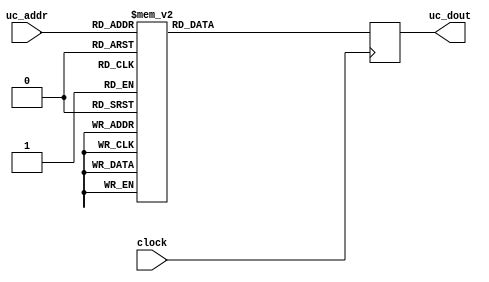
//---------------------------------------------------------------------------------------
// 
// Project:			light8080 
//
// 
//---------------------------------------------------------------------------------------
module micro_rom (
input	        clock, 		// global clock 
input   [8:0]	uc_addr, 	// micro code ROM address
output  reg [31:0]	uc_dout 	// micro code ROM data 
); 
//---------------------------------------------------------------------------------------
// module implementation 
// microcode ROM : see design notes and microcode source file 
reg [31:0] uc_dat; 
always @ (posedge clock) 
begin 
	uc_dout <= uc_dat;
end 
//---------------------------------------------------------------------------------------
always @ (uc_addr) 
begin 
	case (uc_addr) 
		9'h000:	uc_dat <= 32'b00000000000000000000000000000000;
		9'h001:	uc_dat <= 32'b00000000000001001000000001000100;
		9'h002:	uc_dat <= 32'b00000000000001000000000001000100;
		9'h003:	uc_dat <= 32'b10111101101001001000000001001101;
		9'h004:	uc_dat <= 32'b10110110101001000000000001001101;
		9'h005:	uc_dat <= 32'b00100000000000000000000000000000;
		9'h006:	uc_dat <= 32'b00000000000000000000000000000000;
		9'h007:	uc_dat <= 32'b11100100000000000000000000000000;
		9'h008:	uc_dat <= 32'b00000000101010000000000000000000;
		9'h009:	uc_dat <= 32'b00000100000100000000000001010111;
		9'h00a:	uc_dat <= 32'b00001000000000000000110000011001;
		9'h00b:	uc_dat <= 32'b00000100000100000000000001010111;
		9'h00c:	uc_dat <= 32'b00000000101010000000000010010111;
		9'h00d:	uc_dat <= 32'b00001000000000000000110000011100;
		9'h00e:	uc_dat <= 32'b00001000000000000000110000011111;
		9'h00f:	uc_dat <= 32'b00000100000100000000000001010111;
		9'h010:	uc_dat <= 32'b00001000000000000000110000011111;
		9'h011:	uc_dat <= 32'b00001000000000000000110000011100;
		9'h012:	uc_dat <= 32'b00001000000000000000110000011111;
		9'h013:	uc_dat <= 32'b00000000000110001000000001010111;
		9'h014:	uc_dat <= 32'b00001000000000000000110000011111;
		9'h015:	uc_dat <= 32'b00000100000110000000000001010111;
		9'h016:	uc_dat <= 32'b00001000000000000000110000101110;
		9'h017:	uc_dat <= 32'b00001000000000000000110000100010;
		9'h018:	uc_dat <= 32'b00000100000000111000000001010111;
		9'h019:	uc_dat <= 32'b00001000000000000000110000101110;
		9'h01a:	uc_dat <= 32'b00000000101000111000000010010111;
		9'h01b:	uc_dat <= 32'b00001000000000000000110000100101;
		9'h01c:	uc_dat <= 32'b00001000000000000000110000101110;
		9'h01d:	uc_dat <= 32'b10111101101001100000000001001101;
		9'h01e:	uc_dat <= 32'b10110110101001101000000001001101;
		9'h01f:	uc_dat <= 32'b00000000100000101000000001010111;
		9'h020:	uc_dat <= 32'b00001000000000000000110000100010;
		9'h021:	uc_dat <= 32'b00000100000000100000000001010111;
		9'h022:	uc_dat <= 32'b00001000000000000000110000101110;
		9'h023:	uc_dat <= 32'b00000000101000101000000010010111;
		9'h024:	uc_dat <= 32'b10111101101001100000000001001101;
		9'h025:	uc_dat <= 32'b10111010101001101000000001001101;
		9'h026:	uc_dat <= 32'b00000000101000100000000010010111;
		9'h027:	uc_dat <= 32'b00001000000000000000110000100101;
		9'h028:	uc_dat <= 32'b00001000000000000000110000101000;
		9'h029:	uc_dat <= 32'b00000100000000111000000001010111;
		9'h02a:	uc_dat <= 32'b00000000101000111000000010010111;
		9'h02b:	uc_dat <= 32'b00001000000000000000110000101011;
		9'h02c:	uc_dat <= 32'b00000000101000010000000000000000;
		9'h02d:	uc_dat <= 32'b00000000000001010000000001010111;
		9'h02e:	uc_dat <= 32'b00000000101000011000000000000000;
		9'h02f:	uc_dat <= 32'b00000000000001011000000001010111;
		9'h030:	uc_dat <= 32'b00000000101000100000000000000000;
		9'h031:	uc_dat <= 32'b00000000000000010000000001010111;
		9'h032:	uc_dat <= 32'b00000000101000101000000000000000;
		9'h033:	uc_dat <= 32'b00000000000000011000000001010111;
		9'h034:	uc_dat <= 32'b00000000101001010000000000000000;
		9'h035:	uc_dat <= 32'b00000000000000100000000001010111;
		9'h036:	uc_dat <= 32'b00000000101001011000000000000000;
		9'h037:	uc_dat <= 32'b00000100000000101000000001010111;
		9'h038:	uc_dat <= 32'b00001000000000000000110000011111;
		9'h039:	uc_dat <= 32'b00000100011000111000001101001100;
		9'h03a:	uc_dat <= 32'b00001000000000000000110000011111;
		9'h03b:	uc_dat <= 32'b00000100011000111000001101001101;
		9'h03c:	uc_dat <= 32'b00001000000000000000110000011111;
		9'h03d:	uc_dat <= 32'b00000100011000111000001101001110;
		9'h03e:	uc_dat <= 32'b00001000000000000000110000011111;
		9'h03f:	uc_dat <= 32'b00000100011000111000001101001111;
		9'h040:	uc_dat <= 32'b00001000000000000000110000011111;
		9'h041:	uc_dat <= 32'b00000100011000111100001101000100;
		9'h042:	uc_dat <= 32'b00001000000000000000110000011111;
		9'h043:	uc_dat <= 32'b00000100011000111100001101000101;
		9'h044:	uc_dat <= 32'b00001000000000000000110000011111;
		9'h045:	uc_dat <= 32'b00000100011000111100001101000110;
		9'h046:	uc_dat <= 32'b00001000000000000000110000011111;
		9'h047:	uc_dat <= 32'b00000100011000111000001110001110;
		9'h048:	uc_dat <= 32'b00000000101010000000000000000000;
		9'h049:	uc_dat <= 32'b00000100011000111000001101001100;
		9'h04a:	uc_dat <= 32'b00000000101010000000000000000000;
		9'h04b:	uc_dat <= 32'b00000100011000111000001101001101;
		9'h04c:	uc_dat <= 32'b00000000101010000000000000000000;
		9'h04d:	uc_dat <= 32'b00000100011000111000001101001110;
		9'h04e:	uc_dat <= 32'b00000000101010000000000000000000;
		9'h04f:	uc_dat <= 32'b00000100011000111000001101001111;
		9'h050:	uc_dat <= 32'b00000000101010000000000000000000;
		9'h051:	uc_dat <= 32'b00000100011000111100001101000100;
		9'h052:	uc_dat <= 32'b00000000101010000000000000000000;
		9'h053:	uc_dat <= 32'b00000100011000111100001101000101;
		9'h054:	uc_dat <= 32'b00000000101010000000000000000000;
		9'h055:	uc_dat <= 32'b00000100011000111100001101000110;
		9'h056:	uc_dat <= 32'b00000000101010000000000000000000;
		9'h057:	uc_dat <= 32'b00000100011000111000001110001110;
		9'h058:	uc_dat <= 32'b00001000000000000000110000011001;
		9'h059:	uc_dat <= 32'b00000100011000111000001101001100;
		9'h05a:	uc_dat <= 32'b00001000000000000000110000011001;
		9'h05b:	uc_dat <= 32'b00000100011000111000001101001101;
		9'h05c:	uc_dat <= 32'b00001000000000000000110000011001;
		9'h05d:	uc_dat <= 32'b00000100011000111000001101001110;
		9'h05e:	uc_dat <= 32'b00001000000000000000110000011001;
		9'h05f:	uc_dat <= 32'b00000100011000111000001101001111;
		9'h060:	uc_dat <= 32'b00001000000000000000110000011001;
		9'h061:	uc_dat <= 32'b00000100011000111100001101000100;
		9'h062:	uc_dat <= 32'b00001000000000000000110000011001;
		9'h063:	uc_dat <= 32'b00000100011000111100001101000101;
		9'h064:	uc_dat <= 32'b00001000000000000000110000011001;
		9'h065:	uc_dat <= 32'b00000100011000111100001101000110;
		9'h066:	uc_dat <= 32'b00001000000000000000110000011001;
		9'h067:	uc_dat <= 32'b00000100011000111000001110001110;
		9'h068:	uc_dat <= 32'b10111100101100000000001001001101;
		9'h069:	uc_dat <= 32'b00000100000000000000000000000000;
		9'h06a:	uc_dat <= 32'b00001000000000000000110000011001;
		9'h06b:	uc_dat <= 32'b10111100000000000000001010001101;
		9'h06c:	uc_dat <= 32'b00001000000000000000110000011100;
		9'h06d:	uc_dat <= 32'b10111100011100000000001001001111;
		9'h06e:	uc_dat <= 32'b00000100000000000000000000000000;
		9'h06f:	uc_dat <= 32'b00001000000000000000110000011001;
		9'h070:	uc_dat <= 32'b11000000000000000000000000000000;
		9'h071:	uc_dat <= 32'b10111100011001010000001010001111;
		9'h072:	uc_dat <= 32'b00001000000000000000110000011100;
		9'h073:	uc_dat <= 32'b10111100101110001000000001001101;
		9'h074:	uc_dat <= 32'b10100100101110000000000001001101;
		9'h075:	uc_dat <= 32'b10111100011110001000000001001111;
		9'h076:	uc_dat <= 32'b10100100011110000000000001001111;
		9'h077:	uc_dat <= 32'b00000000011110001000000000000000;
		9'h078:	uc_dat <= 32'b00000000101000101000000101001100;
		9'h079:	uc_dat <= 32'b00000000011110000000000000000000;
		9'h07a:	uc_dat <= 32'b00000100101000100000000101001101;
		9'h07b:	uc_dat <= 32'b00000000101000111000000010101000;
		9'h07c:	uc_dat <= 32'b00000100101000111000001101101000;
		9'h07d:	uc_dat <= 32'b00000100101000111000000101000000;
		9'h07e:	uc_dat <= 32'b00000100101000111000000101000001;
		9'h07f:	uc_dat <= 32'b00000100101000111000000101000010;
		9'h080:	uc_dat <= 32'b00000100101000111000000101000011;
		9'h081:	uc_dat <= 32'b00000100101000111000000001000111;
		9'h082:	uc_dat <= 32'b00000100000000000000000100101100;
		9'h083:	uc_dat <= 32'b00000100000000000000000100101101;
		9'h084:	uc_dat <= 32'b00001000000000000000110000101110;
		9'h085:	uc_dat <= 32'b00000000101001100000000000000000;
		9'h086:	uc_dat <= 32'b00000000000001001000000001010111;
		9'h087:	uc_dat <= 32'b00000000101001101000000000000000;
		9'h088:	uc_dat <= 32'b00000100000001000000000001010111;
		9'h089:	uc_dat <= 32'b00000100000000000000000000000000;
		9'h08a:	uc_dat <= 32'b00001000000000000000110000101110;
		9'h08b:	uc_dat <= 32'b00010000000000000000100000000101;
		9'h08c:	uc_dat <= 32'b00001000000000000000110000101110;
		9'h08d:	uc_dat <= 32'b11000000101001000000000010010111;
		9'h08e:	uc_dat <= 32'b00001000000000000000110000110100;
		9'h08f:	uc_dat <= 32'b11000000101001001000000010010111;
		9'h090:	uc_dat <= 32'b00001000000000000000110000110100;
		9'h091:	uc_dat <= 32'b00000000101001100000000000000000;
		9'h092:	uc_dat <= 32'b00000000000001001000000001010111;
		9'h093:	uc_dat <= 32'b00000000101001101000000000000000;
		9'h094:	uc_dat <= 32'b00000100000001000000000001010111;
		9'h095:	uc_dat <= 32'b00001000000000000000110000101110;
		9'h096:	uc_dat <= 32'b00010000000000000000100000001101;
		9'h097:	uc_dat <= 32'b00001000000000000000110000111001;
		9'h098:	uc_dat <= 32'b00000000000001001000000001010111;
		9'h099:	uc_dat <= 32'b00001000000000000000110000111001;
		9'h09a:	uc_dat <= 32'b00000100000001000000000001010111;
		9'h09b:	uc_dat <= 32'b00010000000000000000100000010111;
		9'h09c:	uc_dat <= 32'b11000000101001000000000010010111;
		9'h09d:	uc_dat <= 32'b00001000000000000000110000110100;
		9'h09e:	uc_dat <= 32'b11000000101001001000000010010111;
		9'h09f:	uc_dat <= 32'b00001000000000000000110000110100;
		9'h0a0:	uc_dat <= 32'b11000000000001001000000001011111;
		9'h0a1:	uc_dat <= 32'b00000100000001000000000001000100;
		9'h0a2:	uc_dat <= 32'b00000000101000101000000000000000;
		9'h0a3:	uc_dat <= 32'b00000000000001001000000001010111;
		9'h0a4:	uc_dat <= 32'b00000000101000100000000000000000;
		9'h0a5:	uc_dat <= 32'b00000100000001000000000001010111;
		9'h0a6:	uc_dat <= 32'b11000000101110000000000010010111;
		9'h0a7:	uc_dat <= 32'b00001000000000000000110000110100;
		9'h0a8:	uc_dat <= 32'b11000000101110001000000010010111;
		9'h0a9:	uc_dat <= 32'b00001000000000000000110000110100;
		9'h0aa:	uc_dat <= 32'b00000100000000000000000000000000;
		9'h0ab:	uc_dat <= 32'b11000000101000111000000010010111;
		9'h0ac:	uc_dat <= 32'b00001000000000000000110000110100;
		9'h0ad:	uc_dat <= 32'b11000000000000000000000010110000;
		9'h0ae:	uc_dat <= 32'b00001000000000000000110000110100;
		9'h0af:	uc_dat <= 32'b00000100000000000000000000000000;
		9'h0b0:	uc_dat <= 32'b00001000000000000000110000111001;
		9'h0b1:	uc_dat <= 32'b00000000000110001000000001010111;
		9'h0b2:	uc_dat <= 32'b00001000000000000000110000111001;
		9'h0b3:	uc_dat <= 32'b00000100000110000000000001010111;
		9'h0b4:	uc_dat <= 32'b00001000000000000000110000111001;
		9'h0b5:	uc_dat <= 32'b00000000000000110000001101010111;
		9'h0b6:	uc_dat <= 32'b00001000000000000000110000111001;
		9'h0b7:	uc_dat <= 32'b00000100000000111000000001010111;
		9'h0b8:	uc_dat <= 32'b00001000000000000000110000111001;
		9'h0b9:	uc_dat <= 32'b00000000000001100000000001010111;
		9'h0ba:	uc_dat <= 32'b00001000000000000000110000111001;
		9'h0bb:	uc_dat <= 32'b00000000000001101000000001010111;
		9'h0bc:	uc_dat <= 32'b11000000101000100000000010010111;
		9'h0bd:	uc_dat <= 32'b00001000000000000000110000110100;
		9'h0be:	uc_dat <= 32'b11000000101000101000000010010111;
		9'h0bf:	uc_dat <= 32'b00001000000000000000110000110100;
		9'h0c0:	uc_dat <= 32'b00000000101001100000000000000000;
		9'h0c1:	uc_dat <= 32'b00000000000000101000000001010111;
		9'h0c2:	uc_dat <= 32'b00000000101001101000000000000000;
		9'h0c3:	uc_dat <= 32'b00000100000000100000000001010111;
		9'h0c4:	uc_dat <= 32'b00000000101000101000000000000000;
		9'h0c5:	uc_dat <= 32'b00000000000001111000000001010111;
		9'h0c6:	uc_dat <= 32'b00000000101000100000000000000000;
		9'h0c7:	uc_dat <= 32'b00000100000001110000000001010111;
		9'h0c8:	uc_dat <= 32'b01100100000000000000000000000000;
		9'h0c9:	uc_dat <= 32'b01000100000000000000000000000000;
		9'h0ca:	uc_dat <= 32'b00000000000001101000000001010111;
		9'h0cb:	uc_dat <= 32'b00001000000000000000110000011111;
		9'h0cc:	uc_dat <= 32'b00000000000001100000000001010111;
		9'h0cd:	uc_dat <= 32'b00000000000000000000000000000000;
		9'h0ce:	uc_dat <= 32'b00000001101001100000000000000000;
		9'h0cf:	uc_dat <= 32'b10010110101001101000000000000000;
		9'h0d0:	uc_dat <= 32'b00000100100000111000000001010111;
		9'h0d1:	uc_dat <= 32'b00000000000001101000000001010111;
		9'h0d2:	uc_dat <= 32'b00001000000000000000110000011111;
		9'h0d3:	uc_dat <= 32'b00000000000001100000000001010111;
		9'h0d4:	uc_dat <= 32'b00000000101000111000000010010111;
		9'h0d5:	uc_dat <= 32'b00000001101001100000000000000000;
		9'h0d6:	uc_dat <= 32'b10011010101001101000000000000000;
		9'h0d7:	uc_dat <= 32'b00000100000000000000000000000000;
		9'h0d8:	uc_dat <= 32'b11100100000000000000000000000000;
		9'h0d9:	uc_dat <= 32'b00000001101000101000000000000000;
		9'h0da:	uc_dat <= 32'b00010110101000100000000000000000;
		9'h0db:	uc_dat <= 32'b00001100100001010000000001010111;
		9'h0dc:	uc_dat <= 32'b00000001101000101000000000000000;
		9'h0dd:	uc_dat <= 32'b00011010101000100000000000000000;
		9'h0de:	uc_dat <= 32'b00000100000000000000000000000000;
		9'h0df:	uc_dat <= 32'b10111101101001001000000001001101;
		9'h0e0:	uc_dat <= 32'b10110110101001000000000001001101;
		9'h0e1:	uc_dat <= 32'b00001100100000000000000010010111;
		9'h0e2:	uc_dat <= 32'b00000001101001100000000000000000;
		9'h0e3:	uc_dat <= 32'b00010110101001101000000000000000;
		9'h0e4:	uc_dat <= 32'b00001100100000000000000000000000;
		9'h0e5:	uc_dat <= 32'b00000001101001100000000000000000;
		9'h0e6:	uc_dat <= 32'b00011010101001101000000000000000;
		9'h0e7:	uc_dat <= 32'b00000100000000000000000000000000;
		9'h0e8:	uc_dat <= 32'b00000001101110001000000000000000;
		9'h0e9:	uc_dat <= 32'b00010110101110000000000000000000;
		9'h0ea:	uc_dat <= 32'b00001100100000000000000000000000;
		9'h0eb:	uc_dat <= 32'b00000001101110001000000000000000;
		9'h0ec:	uc_dat <= 32'b00011010101110000000000000000000;
		9'h0ed:	uc_dat <= 32'b00000100000000000000000000000000;
		9'h0ee:	uc_dat <= 32'b10111101101001001000000001001101;
		9'h0ef:	uc_dat <= 32'b10110110101001000000000001001101;
		9'h0f0:	uc_dat <= 32'b00000000100001100000000001010111;
		9'h0f1:	uc_dat <= 32'b10111101101001001000000001001101;
		9'h0f2:	uc_dat <= 32'b10110110101001000000000001001101;
		9'h0f3:	uc_dat <= 32'b00001100100001101000000001010111;
		9'h0f4:	uc_dat <= 32'b10111100011001111000000001001111;
		9'h0f5:	uc_dat <= 32'b10100000011001110000000001001111;
		9'h0f6:	uc_dat <= 32'b00000001101001111000000000000000;
		9'h0f7:	uc_dat <= 32'b00011010101001110000000000000000;
		9'h0f8:	uc_dat <= 32'b00001100000000000000000000000000;
		9'h0f9:	uc_dat <= 32'b10111101101001111000000001001101;
		9'h0fa:	uc_dat <= 32'b10110110101001110000000001001101;
		9'h0fb:	uc_dat <= 32'b00001100100000000000000000000000;
		9'h0fc:	uc_dat <= 32'b00000100000000000000000000000000;
		9'h0fd:	uc_dat <= 32'b00000100000000000000000000000000;
		9'h0fe:	uc_dat <= 32'b00000100000000000000000000000000;
		9'h0ff:	uc_dat <= 32'b00000100000000000000000000000000;
		9'h100:	uc_dat <= 32'b00001000000000000000100000001001;
		9'h101:	uc_dat <= 32'b00001000000000000000000000010010;
		9'h102:	uc_dat <= 32'b00001000000000000000000000101010;
		9'h103:	uc_dat <= 32'b00001000000000000000010000110011;
		9'h104:	uc_dat <= 32'b00001000000000000000010000101000;
		9'h105:	uc_dat <= 32'b00001000000000000000010000101101;
		9'h106:	uc_dat <= 32'b00001000000000000000000000001110;
		9'h107:	uc_dat <= 32'b00001000000000000000010000111101;
		9'h108:	uc_dat <= 32'b00001000000000000000000000000000;
		9'h109:	uc_dat <= 32'b00001000000000000000010000110111;
		9'h10a:	uc_dat <= 32'b00001000000000000000000000101000;
		9'h10b:	uc_dat <= 32'b00001000000000000000010000110101;
		9'h10c:	uc_dat <= 32'b00001000000000000000010000101000;
		9'h10d:	uc_dat <= 32'b00001000000000000000010000101101;
		9'h10e:	uc_dat <= 32'b00001000000000000000000000001110;
		9'h10f:	uc_dat <= 32'b00001000000000000000010000111110;
		9'h110:	uc_dat <= 32'b00001000000000000000000000000000;
		9'h111:	uc_dat <= 32'b00001000000000000000000000010010;
		9'h112:	uc_dat <= 32'b00001000000000000000000000101010;
		9'h113:	uc_dat <= 32'b00001000000000000000010000110011;
		9'h114:	uc_dat <= 32'b00001000000000000000010000101000;
		9'h115:	uc_dat <= 32'b00001000000000000000010000101101;
		9'h116:	uc_dat <= 32'b00001000000000000000000000001110;
		9'h117:	uc_dat <= 32'b00001000000000000000010000111111;
		9'h118:	uc_dat <= 32'b00001000000000000000000000000000;
		9'h119:	uc_dat <= 32'b00001000000000000000010000110111;
		9'h11a:	uc_dat <= 32'b00001000000000000000000000101000;
		9'h11b:	uc_dat <= 32'b00001000000000000000010000110101;
		9'h11c:	uc_dat <= 32'b00001000000000000000010000101000;
		9'h11d:	uc_dat <= 32'b00001000000000000000010000101101;
		9'h11e:	uc_dat <= 32'b00001000000000000000000000001110;
		9'h11f:	uc_dat <= 32'b00001000000000000000100000000000;
		9'h120:	uc_dat <= 32'b00001000000000000000000000000000;
		9'h121:	uc_dat <= 32'b00001000000000000000000000010010;
		9'h122:	uc_dat <= 32'b00001000000000000000000000100010;
		9'h123:	uc_dat <= 32'b00001000000000000000010000110011;
		9'h124:	uc_dat <= 32'b00001000000000000000010000101000;
		9'h125:	uc_dat <= 32'b00001000000000000000010000101101;
		9'h126:	uc_dat <= 32'b00001000000000000000000000001110;
		9'h127:	uc_dat <= 32'b00001000000000000000010000111011;
		9'h128:	uc_dat <= 32'b00001000000000000000000000000000;
		9'h129:	uc_dat <= 32'b00001000000000000000010000110111;
		9'h12a:	uc_dat <= 32'b00001000000000000000000000011100;
		9'h12b:	uc_dat <= 32'b00001000000000000000010000110101;
		9'h12c:	uc_dat <= 32'b00001000000000000000010000101000;
		9'h12d:	uc_dat <= 32'b00001000000000000000010000101101;
		9'h12e:	uc_dat <= 32'b00001000000000000000000000001110;
		9'h12f:	uc_dat <= 32'b00001000000000000000100000000001;
		9'h130:	uc_dat <= 32'b00001000000000000000000000000000;
		9'h131:	uc_dat <= 32'b00001000000000000000000000010010;
		9'h132:	uc_dat <= 32'b00001000000000000000000000011001;
		9'h133:	uc_dat <= 32'b00001000000000000000010000110011;
		9'h134:	uc_dat <= 32'b00001000000000000000010000101010;
		9'h135:	uc_dat <= 32'b00001000000000000000010000101111;
		9'h136:	uc_dat <= 32'b00001000000000000000000000010000;
		9'h137:	uc_dat <= 32'b00001000000000000000100000000011;
		9'h138:	uc_dat <= 32'b00001000000000000000000000000000;
		9'h139:	uc_dat <= 32'b00001000000000000000010000110111;
		9'h13a:	uc_dat <= 32'b00001000000000000000000000010110;
		9'h13b:	uc_dat <= 32'b00001000000000000000010000110101;
		9'h13c:	uc_dat <= 32'b00001000000000000000010000101000;
		9'h13d:	uc_dat <= 32'b00001000000000000000010000101101;
		9'h13e:	uc_dat <= 32'b00001000000000000000000000001110;
		9'h13f:	uc_dat <= 32'b00001000000000000000100000000010;
		9'h140:	uc_dat <= 32'b00001000000000000000000000001000;
		9'h141:	uc_dat <= 32'b00001000000000000000000000001000;
		9'h142:	uc_dat <= 32'b00001000000000000000000000001000;
		9'h143:	uc_dat <= 32'b00001000000000000000000000001000;
		9'h144:	uc_dat <= 32'b00001000000000000000000000001000;
		9'h145:	uc_dat <= 32'b00001000000000000000000000001000;
		9'h146:	uc_dat <= 32'b00001000000000000000000000001010;
		9'h147:	uc_dat <= 32'b00001000000000000000000000001000;
		9'h148:	uc_dat <= 32'b00001000000000000000000000001000;
		9'h149:	uc_dat <= 32'b00001000000000000000000000001000;
		9'h14a:	uc_dat <= 32'b00001000000000000000000000001000;
		9'h14b:	uc_dat <= 32'b00001000000000000000000000001000;
		9'h14c:	uc_dat <= 32'b00001000000000000000000000001000;
		9'h14d:	uc_dat <= 32'b00001000000000000000000000001000;
		9'h14e:	uc_dat <= 32'b00001000000000000000000000001010;
		9'h14f:	uc_dat <= 32'b00001000000000000000000000001000;
		9'h150:	uc_dat <= 32'b00001000000000000000000000001000;
		9'h151:	uc_dat <= 32'b00001000000000000000000000001000;
		9'h152:	uc_dat <= 32'b00001000000000000000000000001000;
		9'h153:	uc_dat <= 32'b00001000000000000000000000001000;
		9'h154:	uc_dat <= 32'b00001000000000000000000000001000;
		9'h155:	uc_dat <= 32'b00001000000000000000000000001000;
		9'h156:	uc_dat <= 32'b00001000000000000000000000001010;
		9'h157:	uc_dat <= 32'b00001000000000000000000000001000;
		9'h158:	uc_dat <= 32'b00001000000000000000000000001000;
		9'h159:	uc_dat <= 32'b00001000000000000000000000001000;
		9'h15a:	uc_dat <= 32'b00001000000000000000000000001000;
		9'h15b:	uc_dat <= 32'b00001000000000000000000000001000;
		9'h15c:	uc_dat <= 32'b00001000000000000000000000001000;
		9'h15d:	uc_dat <= 32'b00001000000000000000000000001000;
		9'h15e:	uc_dat <= 32'b00001000000000000000000000001010;
		9'h15f:	uc_dat <= 32'b00001000000000000000000000001000;
		9'h160:	uc_dat <= 32'b00001000000000000000000000001000;
		9'h161:	uc_dat <= 32'b00001000000000000000000000001000;
		9'h162:	uc_dat <= 32'b00001000000000000000000000001000;
		9'h163:	uc_dat <= 32'b00001000000000000000000000001000;
		9'h164:	uc_dat <= 32'b00001000000000000000000000001000;
		9'h165:	uc_dat <= 32'b00001000000000000000000000001000;
		9'h166:	uc_dat <= 32'b00001000000000000000000000001010;
		9'h167:	uc_dat <= 32'b00001000000000000000000000001000;
		9'h168:	uc_dat <= 32'b00001000000000000000000000001000;
		9'h169:	uc_dat <= 32'b00001000000000000000000000001000;
		9'h16a:	uc_dat <= 32'b00001000000000000000000000001000;
		9'h16b:	uc_dat <= 32'b00001000000000000000000000001000;
		9'h16c:	uc_dat <= 32'b00001000000000000000000000001000;
		9'h16d:	uc_dat <= 32'b00001000000000000000000000001000;
		9'h16e:	uc_dat <= 32'b00001000000000000000000000001010;
		9'h16f:	uc_dat <= 32'b00001000000000000000000000001000;
		9'h170:	uc_dat <= 32'b00001000000000000000000000001100;
		9'h171:	uc_dat <= 32'b00001000000000000000000000001100;
		9'h172:	uc_dat <= 32'b00001000000000000000000000001100;
		9'h173:	uc_dat <= 32'b00001000000000000000000000001100;
		9'h174:	uc_dat <= 32'b00001000000000000000000000001100;
		9'h175:	uc_dat <= 32'b00001000000000000000000000001100;
		9'h176:	uc_dat <= 32'b00001000000000000000110000011000;
		9'h177:	uc_dat <= 32'b00001000000000000000000000001100;
		9'h178:	uc_dat <= 32'b00001000000000000000000000001000;
		9'h179:	uc_dat <= 32'b00001000000000000000000000001000;
		9'h17a:	uc_dat <= 32'b00001000000000000000000000001000;
		9'h17b:	uc_dat <= 32'b00001000000000000000000000001000;
		9'h17c:	uc_dat <= 32'b00001000000000000000000000001000;
		9'h17d:	uc_dat <= 32'b00001000000000000000000000001000;
		9'h17e:	uc_dat <= 32'b00001000000000000000000000001010;
		9'h17f:	uc_dat <= 32'b00001000000000000000000000001000;
		9'h180:	uc_dat <= 32'b00001000000000000000010000001000;
		9'h181:	uc_dat <= 32'b00001000000000000000010000001000;
		9'h182:	uc_dat <= 32'b00001000000000000000010000001000;
		9'h183:	uc_dat <= 32'b00001000000000000000010000001000;
		9'h184:	uc_dat <= 32'b00001000000000000000010000001000;
		9'h185:	uc_dat <= 32'b00001000000000000000010000001000;
		9'h186:	uc_dat <= 32'b00001000000000000000010000011000;
		9'h187:	uc_dat <= 32'b00001000000000000000010000001000;
		9'h188:	uc_dat <= 32'b00001000000000000000010000001010;
		9'h189:	uc_dat <= 32'b00001000000000000000010000001010;
		9'h18a:	uc_dat <= 32'b00001000000000000000010000001010;
		9'h18b:	uc_dat <= 32'b00001000000000000000010000001010;
		9'h18c:	uc_dat <= 32'b00001000000000000000010000001010;
		9'h18d:	uc_dat <= 32'b00001000000000000000010000001010;
		9'h18e:	uc_dat <= 32'b00001000000000000000010000011010;
		9'h18f:	uc_dat <= 32'b00001000000000000000010000001010;
		9'h190:	uc_dat <= 32'b00001000000000000000010000001100;
		9'h191:	uc_dat <= 32'b00001000000000000000010000001100;
		9'h192:	uc_dat <= 32'b00001000000000000000010000001100;
		9'h193:	uc_dat <= 32'b00001000000000000000010000001100;
		9'h194:	uc_dat <= 32'b00001000000000000000010000001100;
		9'h195:	uc_dat <= 32'b00001000000000000000010000001100;
		9'h196:	uc_dat <= 32'b00001000000000000000010000011100;
		9'h197:	uc_dat <= 32'b00001000000000000000010000001100;
		9'h198:	uc_dat <= 32'b00001000000000000000010000001110;
		9'h199:	uc_dat <= 32'b00001000000000000000010000001110;
		9'h19a:	uc_dat <= 32'b00001000000000000000010000001110;
		9'h19b:	uc_dat <= 32'b00001000000000000000010000001110;
		9'h19c:	uc_dat <= 32'b00001000000000000000010000001110;
		9'h19d:	uc_dat <= 32'b00001000000000000000010000001110;
		9'h19e:	uc_dat <= 32'b00001000000000000000010000011110;
		9'h19f:	uc_dat <= 32'b00001000000000000000010000001110;
		9'h1a0:	uc_dat <= 32'b00001000000000000000010000010000;
		9'h1a1:	uc_dat <= 32'b00001000000000000000010000010000;
		9'h1a2:	uc_dat <= 32'b00001000000000000000010000010000;
		9'h1a3:	uc_dat <= 32'b00001000000000000000010000010000;
		9'h1a4:	uc_dat <= 32'b00001000000000000000010000010000;
		9'h1a5:	uc_dat <= 32'b00001000000000000000010000010000;
		9'h1a6:	uc_dat <= 32'b00001000000000000000010000100000;
		9'h1a7:	uc_dat <= 32'b00001000000000000000010000010000;
		9'h1a8:	uc_dat <= 32'b00001000000000000000010000010010;
		9'h1a9:	uc_dat <= 32'b00001000000000000000010000010010;
		9'h1aa:	uc_dat <= 32'b00001000000000000000010000010010;
		9'h1ab:	uc_dat <= 32'b00001000000000000000010000010010;
		9'h1ac:	uc_dat <= 32'b00001000000000000000010000010010;
		9'h1ad:	uc_dat <= 32'b00001000000000000000010000010010;
		9'h1ae:	uc_dat <= 32'b00001000000000000000010000100010;
		9'h1af:	uc_dat <= 32'b00001000000000000000010000010010;
		9'h1b0:	uc_dat <= 32'b00001000000000000000010000010100;
		9'h1b1:	uc_dat <= 32'b00001000000000000000010000010100;
		9'h1b2:	uc_dat <= 32'b00001000000000000000010000010100;
		9'h1b3:	uc_dat <= 32'b00001000000000000000010000010100;
		9'h1b4:	uc_dat <= 32'b00001000000000000000010000010100;
		9'h1b5:	uc_dat <= 32'b00001000000000000000010000010100;
		9'h1b6:	uc_dat <= 32'b00001000000000000000010000100100;
		9'h1b7:	uc_dat <= 32'b00001000000000000000010000010100;
		9'h1b8:	uc_dat <= 32'b00001000000000000000010000010110;
		9'h1b9:	uc_dat <= 32'b00001000000000000000010000010110;
		9'h1ba:	uc_dat <= 32'b00001000000000000000010000010110;
		9'h1bb:	uc_dat <= 32'b00001000000000000000010000010110;
		9'h1bc:	uc_dat <= 32'b00001000000000000000010000010110;
		9'h1bd:	uc_dat <= 32'b00001000000000000000010000010110;
		9'h1be:	uc_dat <= 32'b00001000000000000000010000100110;
		9'h1bf:	uc_dat <= 32'b00001000000000000000010000010110;
		9'h1c0:	uc_dat <= 32'b00001000000000000000100000011011;
		9'h1c1:	uc_dat <= 32'b00001000000000000000100000110000;
		9'h1c2:	uc_dat <= 32'b00001000000000000000100000001010;
		9'h1c3:	uc_dat <= 32'b00001000000000000000100000000100;
		9'h1c4:	uc_dat <= 32'b00001000000000000000100000010101;
		9'h1c5:	uc_dat <= 32'b00001000000000000000100000100110;
		9'h1c6:	uc_dat <= 32'b00001000000000000000000000111000;
		9'h1c7:	uc_dat <= 32'b00001000000000000000100000011100;
		9'h1c8:	uc_dat <= 32'b00001000000000000000100000011011;
		9'h1c9:	uc_dat <= 32'b00001000000000000000100000010111;
		9'h1ca:	uc_dat <= 32'b00001000000000000000100000001010;
		9'h1cb:	uc_dat <= 32'b00001000000000000000000000000000;
		9'h1cc:	uc_dat <= 32'b00001000000000000000100000010101;
		9'h1cd:	uc_dat <= 32'b00001000000000000000100000001100;
		9'h1ce:	uc_dat <= 32'b00001000000000000000000000111010;
		9'h1cf:	uc_dat <= 32'b00001000000000000000100000011100;
		9'h1d0:	uc_dat <= 32'b00001000000000000000100000011011;
		9'h1d1:	uc_dat <= 32'b00001000000000000000100000110000;
		9'h1d2:	uc_dat <= 32'b00001000000000000000100000001010;
		9'h1d3:	uc_dat <= 32'b00001000000000000000110000010001;
		9'h1d4:	uc_dat <= 32'b00001000000000000000100000010101;
		9'h1d5:	uc_dat <= 32'b00001000000000000000100000100110;
		9'h1d6:	uc_dat <= 32'b00001000000000000000000000111100;
		9'h1d7:	uc_dat <= 32'b00001000000000000000100000011100;
		9'h1d8:	uc_dat <= 32'b00001000000000000000100000011011;
		9'h1d9:	uc_dat <= 32'b00001000000000000000000000000000;
		9'h1da:	uc_dat <= 32'b00001000000000000000100000001010;
		9'h1db:	uc_dat <= 32'b00001000000000000000110000001010;
		9'h1dc:	uc_dat <= 32'b00001000000000000000100000010101;
		9'h1dd:	uc_dat <= 32'b00001000000000000000000000000000;
		9'h1de:	uc_dat <= 32'b00001000000000000000000000111110;
		9'h1df:	uc_dat <= 32'b00001000000000000000100000011100;
		9'h1e0:	uc_dat <= 32'b00001000000000000000100000011011;
		9'h1e1:	uc_dat <= 32'b00001000000000000000100000110000;
		9'h1e2:	uc_dat <= 32'b00001000000000000000100000001010;
		9'h1e3:	uc_dat <= 32'b00001000000000000000100000111000;
		9'h1e4:	uc_dat <= 32'b00001000000000000000100000010101;
		9'h1e5:	uc_dat <= 32'b00001000000000000000100000100110;
		9'h1e6:	uc_dat <= 32'b00001000000000000000010000000000;
		9'h1e7:	uc_dat <= 32'b00001000000000000000100000011100;
		9'h1e8:	uc_dat <= 32'b00001000000000000000100000011011;
		9'h1e9:	uc_dat <= 32'b00001000000000000000100000100010;
		9'h1ea:	uc_dat <= 32'b00001000000000000000100000001010;
		9'h1eb:	uc_dat <= 32'b00001000000000000000000000101100;
		9'h1ec:	uc_dat <= 32'b00001000000000000000100000010101;
		9'h1ed:	uc_dat <= 32'b00001000000000000000000000000000;
		9'h1ee:	uc_dat <= 32'b00001000000000000000010000000010;
		9'h1ef:	uc_dat <= 32'b00001000000000000000100000011100;
		9'h1f0:	uc_dat <= 32'b00001000000000000000100000011011;
		9'h1f1:	uc_dat <= 32'b00001000000000000000100000110100;
		9'h1f2:	uc_dat <= 32'b00001000000000000000100000001010;
		9'h1f3:	uc_dat <= 32'b00001000000000000000110000001001;
		9'h1f4:	uc_dat <= 32'b00001000000000000000100000010101;
		9'h1f5:	uc_dat <= 32'b00001000000000000000100000101011;
		9'h1f6:	uc_dat <= 32'b00001000000000000000010000000100;
		9'h1f7:	uc_dat <= 32'b00001000000000000000100000011100;
		9'h1f8:	uc_dat <= 32'b00001000000000000000100000011011;
		9'h1f9:	uc_dat <= 32'b00001000000000000000110000000100;
		9'h1fa:	uc_dat <= 32'b00001000000000000000100000001010;
		9'h1fb:	uc_dat <= 32'b00001000000000000000110000001000;
		9'h1fc:	uc_dat <= 32'b00001000000000000000100000010101;
		9'h1fd:	uc_dat <= 32'b00001000000000000000000000000000;
		9'h1fe:	uc_dat <= 32'b00001000000000000000010000000110;
		9'h1ff:	uc_dat <= 32'b00001000000000000000100000011100;
	endcase 
end 
// end of microcode ROM

endmodule 
//---------------------------------------------------------------------------------------